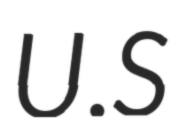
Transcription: U.S